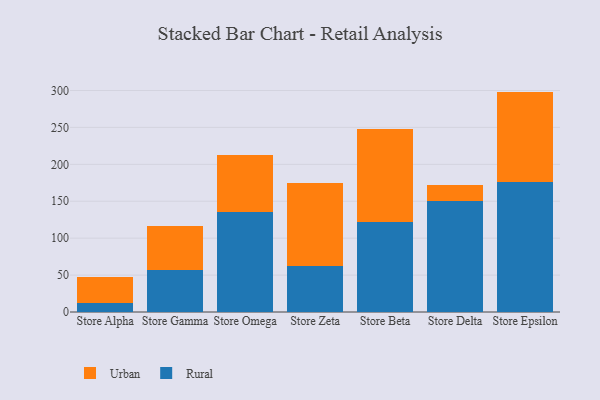
{"axis": {"x": "Store", "y": "Gross Profit (USD K)"}, "legend": ["Rural", "Urban"], "data": [{"x": "Store Alpha", "y": 12.0, "type": "Rural"}, {"x": "Store Alpha", "y": 35.5, "type": "Urban"}, {"x": "Store Gamma", "y": 56.7, "type": "Rural"}, {"x": "Store Gamma", "y": 60.1, "type": "Urban"}, {"x": "Store Omega", "y": 135.8, "type": "Rural"}, {"x": "Store Omega", "y": 76.8, "type": "Urban"}, {"x": "Store Zeta", "y": 62.8, "type": "Rural"}, {"x": "Store Zeta", "y": 112.0, "type": "Urban"}, {"x": "Store Beta", "y": 121.8, "type": "Rural"}, {"x": "Store Beta", "y": 125.8, "type": "Urban"}, {"x": "Store Delta", "y": 149.8, "type": "Rural"}, {"x": "Store Delta", "y": 22.8, "type": "Urban"}, {"x": "Store Epsilon", "y": 175.7, "type": "Rural"}, {"x": "Store Epsilon", "y": 122.8, "type": "Urban"}]}